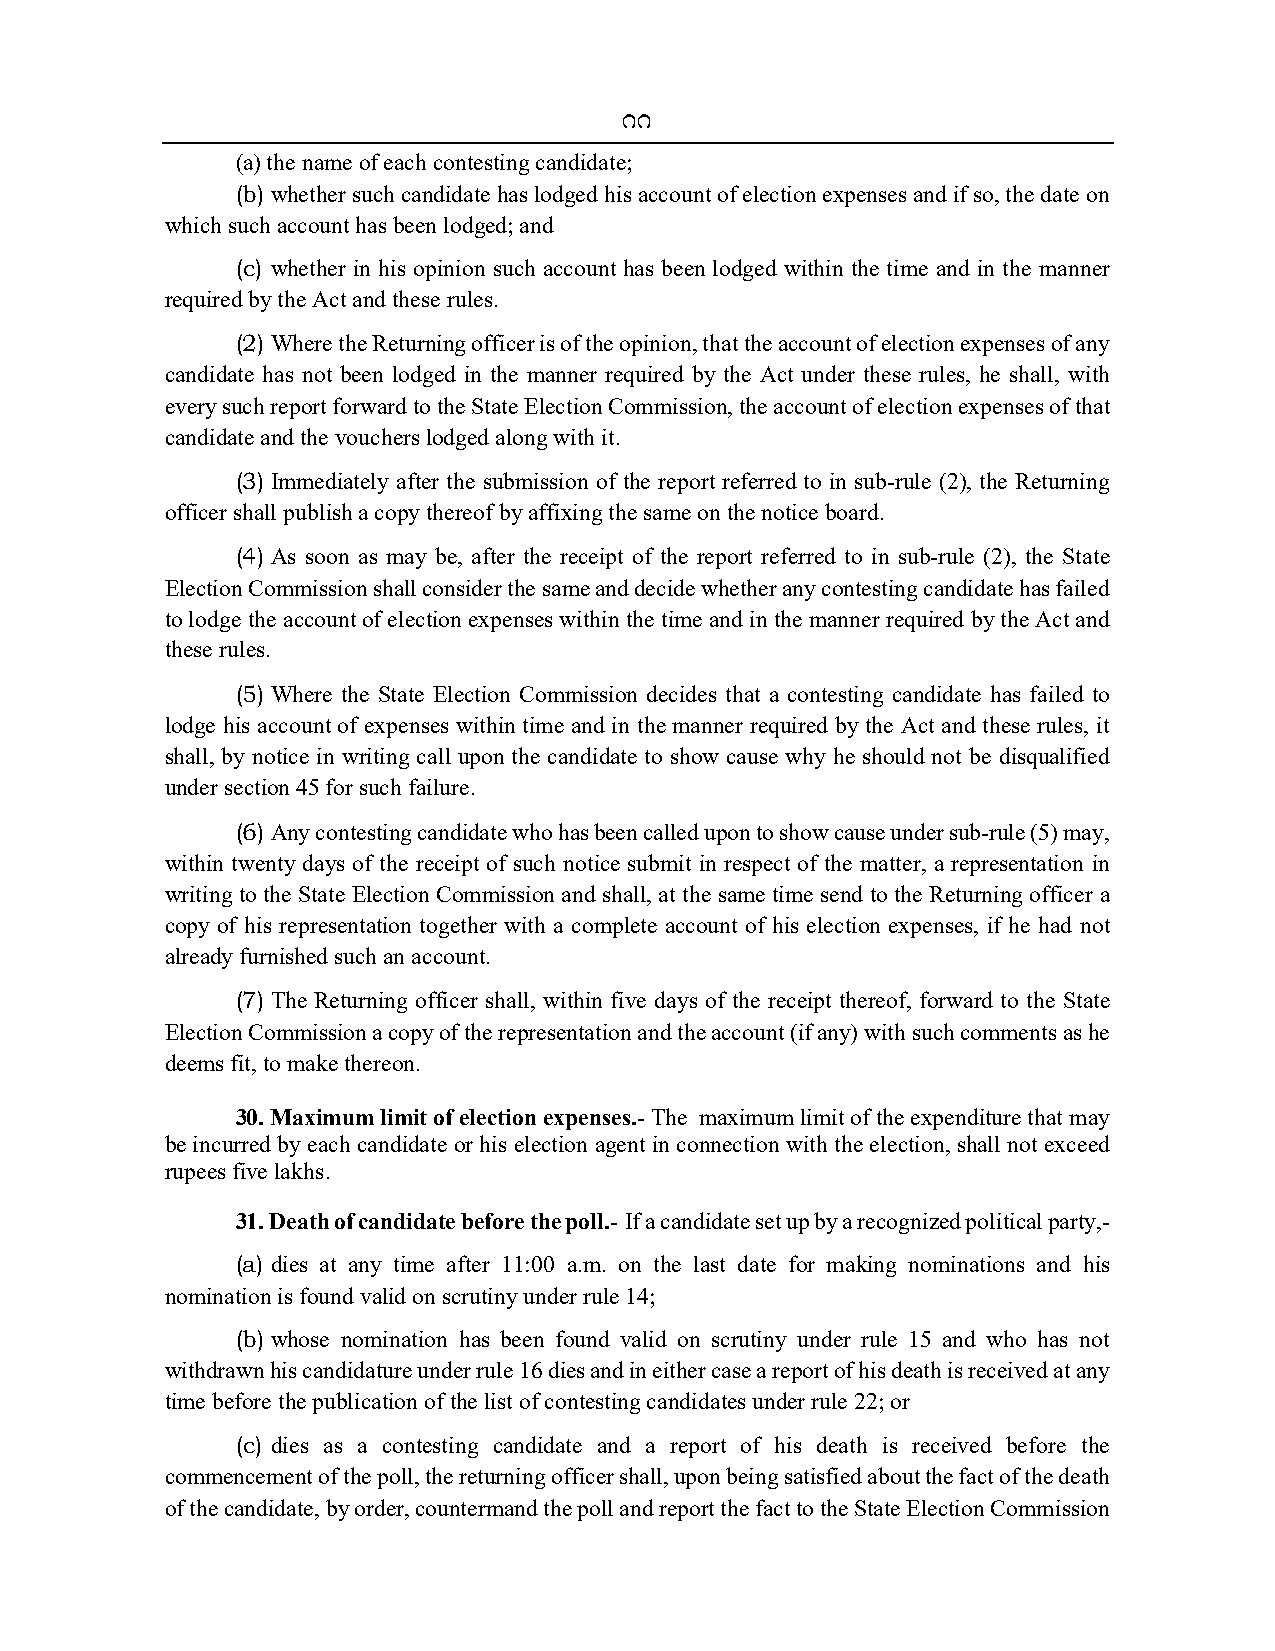
11
 (a) the name of each contesting candidate;
 (b) whether such candidate has lodged his account of election expenses and if so, the date on
 which such account has been lodged; and
 (c) whether in his opinion such account has been lodged within the time and in the manner
 required by the Act and these rules.
 (2) Where the Returning officer is of the opinion, that the account of election expenses of any
 candidate has not been lodged in the manner required by the Act under these rules, he shall, with
 every such report forward to the State Election Commission, the account of election expenses of that
 candidate and the vouchers lodged along with it.
 (3) Immediately after the submission of the report referred to in sub-rule (2), the Returning
 officer shall publish a copy thereof by affixing the same on the notice board.
 (4) As soon as may be, after the receipt of the report referred to in sub-rule (2), the State
 Election Commission shall consider the same and decide whether any contesting candidate has failed
 to lodge the account of election expenses within the time and in the manner required by the Act and
 these rules.
 (5) Where the State Election Commission decides that a contesting candidate has failed to
 lodge his account of expenses within time and in the manner required by the Act and these rules, it
 shall, by notice in writing call upon the candidate to show cause why he should not be disqualified
 under section 45 for such failure.
 (6) Any contesting candidate who has been called upon to show cause under sub-rule (5) may,
 within twenty days of the receipt of such notice submit in respect of the matter, a representation in
 writing to the State Election Commission and shall, at the same time send to the Returning officer a
 copy of his representation together with a complete account of his election expenses, if he had not
 already furnished such an account.
 (7) The Returning officer shall, within five days of the receipt thereof, forward to the State
 Election Commission a copy of the representation and the account (if any) with such comments as he
 deems fit, to make thereon.
 30. Maximum limit of election expenses.- The maximum limit of the expenditure that may
 be incurred by each candidate or his election agent in connection with the election, shall not exceed
 rupees five lakhs.
 31. Death of candidate before the poll.- If a candidate set up by a recognized political party,-
 (a) dies at any time after 11:00 a.m. on the last date for making nominations and his
 nomination is found valid on scrutiny under rule 14;
 (b) whose nomination has been found valid on scrutiny under rule 15 and who has not
 withdrawn his candidature under rule 16 dies and in either case a report of his death is received at any
 time before the publication of the list of contesting candidates under rule 22; or
 (c) dies as a contesting candidate and a report of his death is received before the
 commencement of the poll, the returning officer shall, upon being satisfied about the fact of the death
 of the candidate, by order, countermand the poll and report the fact to the State Election Commission